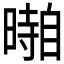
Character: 𱢥